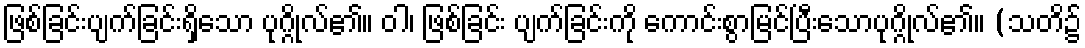
ဖြစ်ခြင်းပျက်ခြင်းရှိသော ပုဂ္ဂိုလ်၏။ ဝါ၊ ဖြစ်ခြင်း ပျက်ခြင်းကို ကောင်းစွာမြင်ပြီးသောပုဂ္ဂိုလ်၏။ (သတိ၌